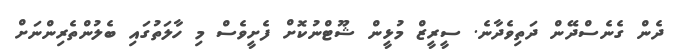
ދެން ގެނެސްދޭން ދަތިވެދާނެ. ސީރީޒް މުޅީން ޝޫޓްނުކޮށް ފެށީވެސް މި ހާލަތުގައި ބެލުންތެރިންނަށް